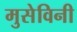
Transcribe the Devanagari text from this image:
मुसेविनी